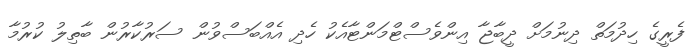
ފެރީގެ ހިދުމަތް ދިނުމަށް ދީބާޖާ އިންވެސްޓްމަންޓާއެކު ހެދި އެއްބަސްވުން ސަރުކާރުން ބާތިލު ކުރުމާ